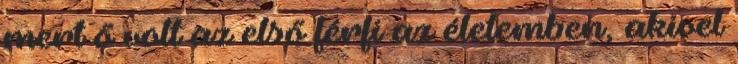
mert ő volt az első férfi az életemben, akivel